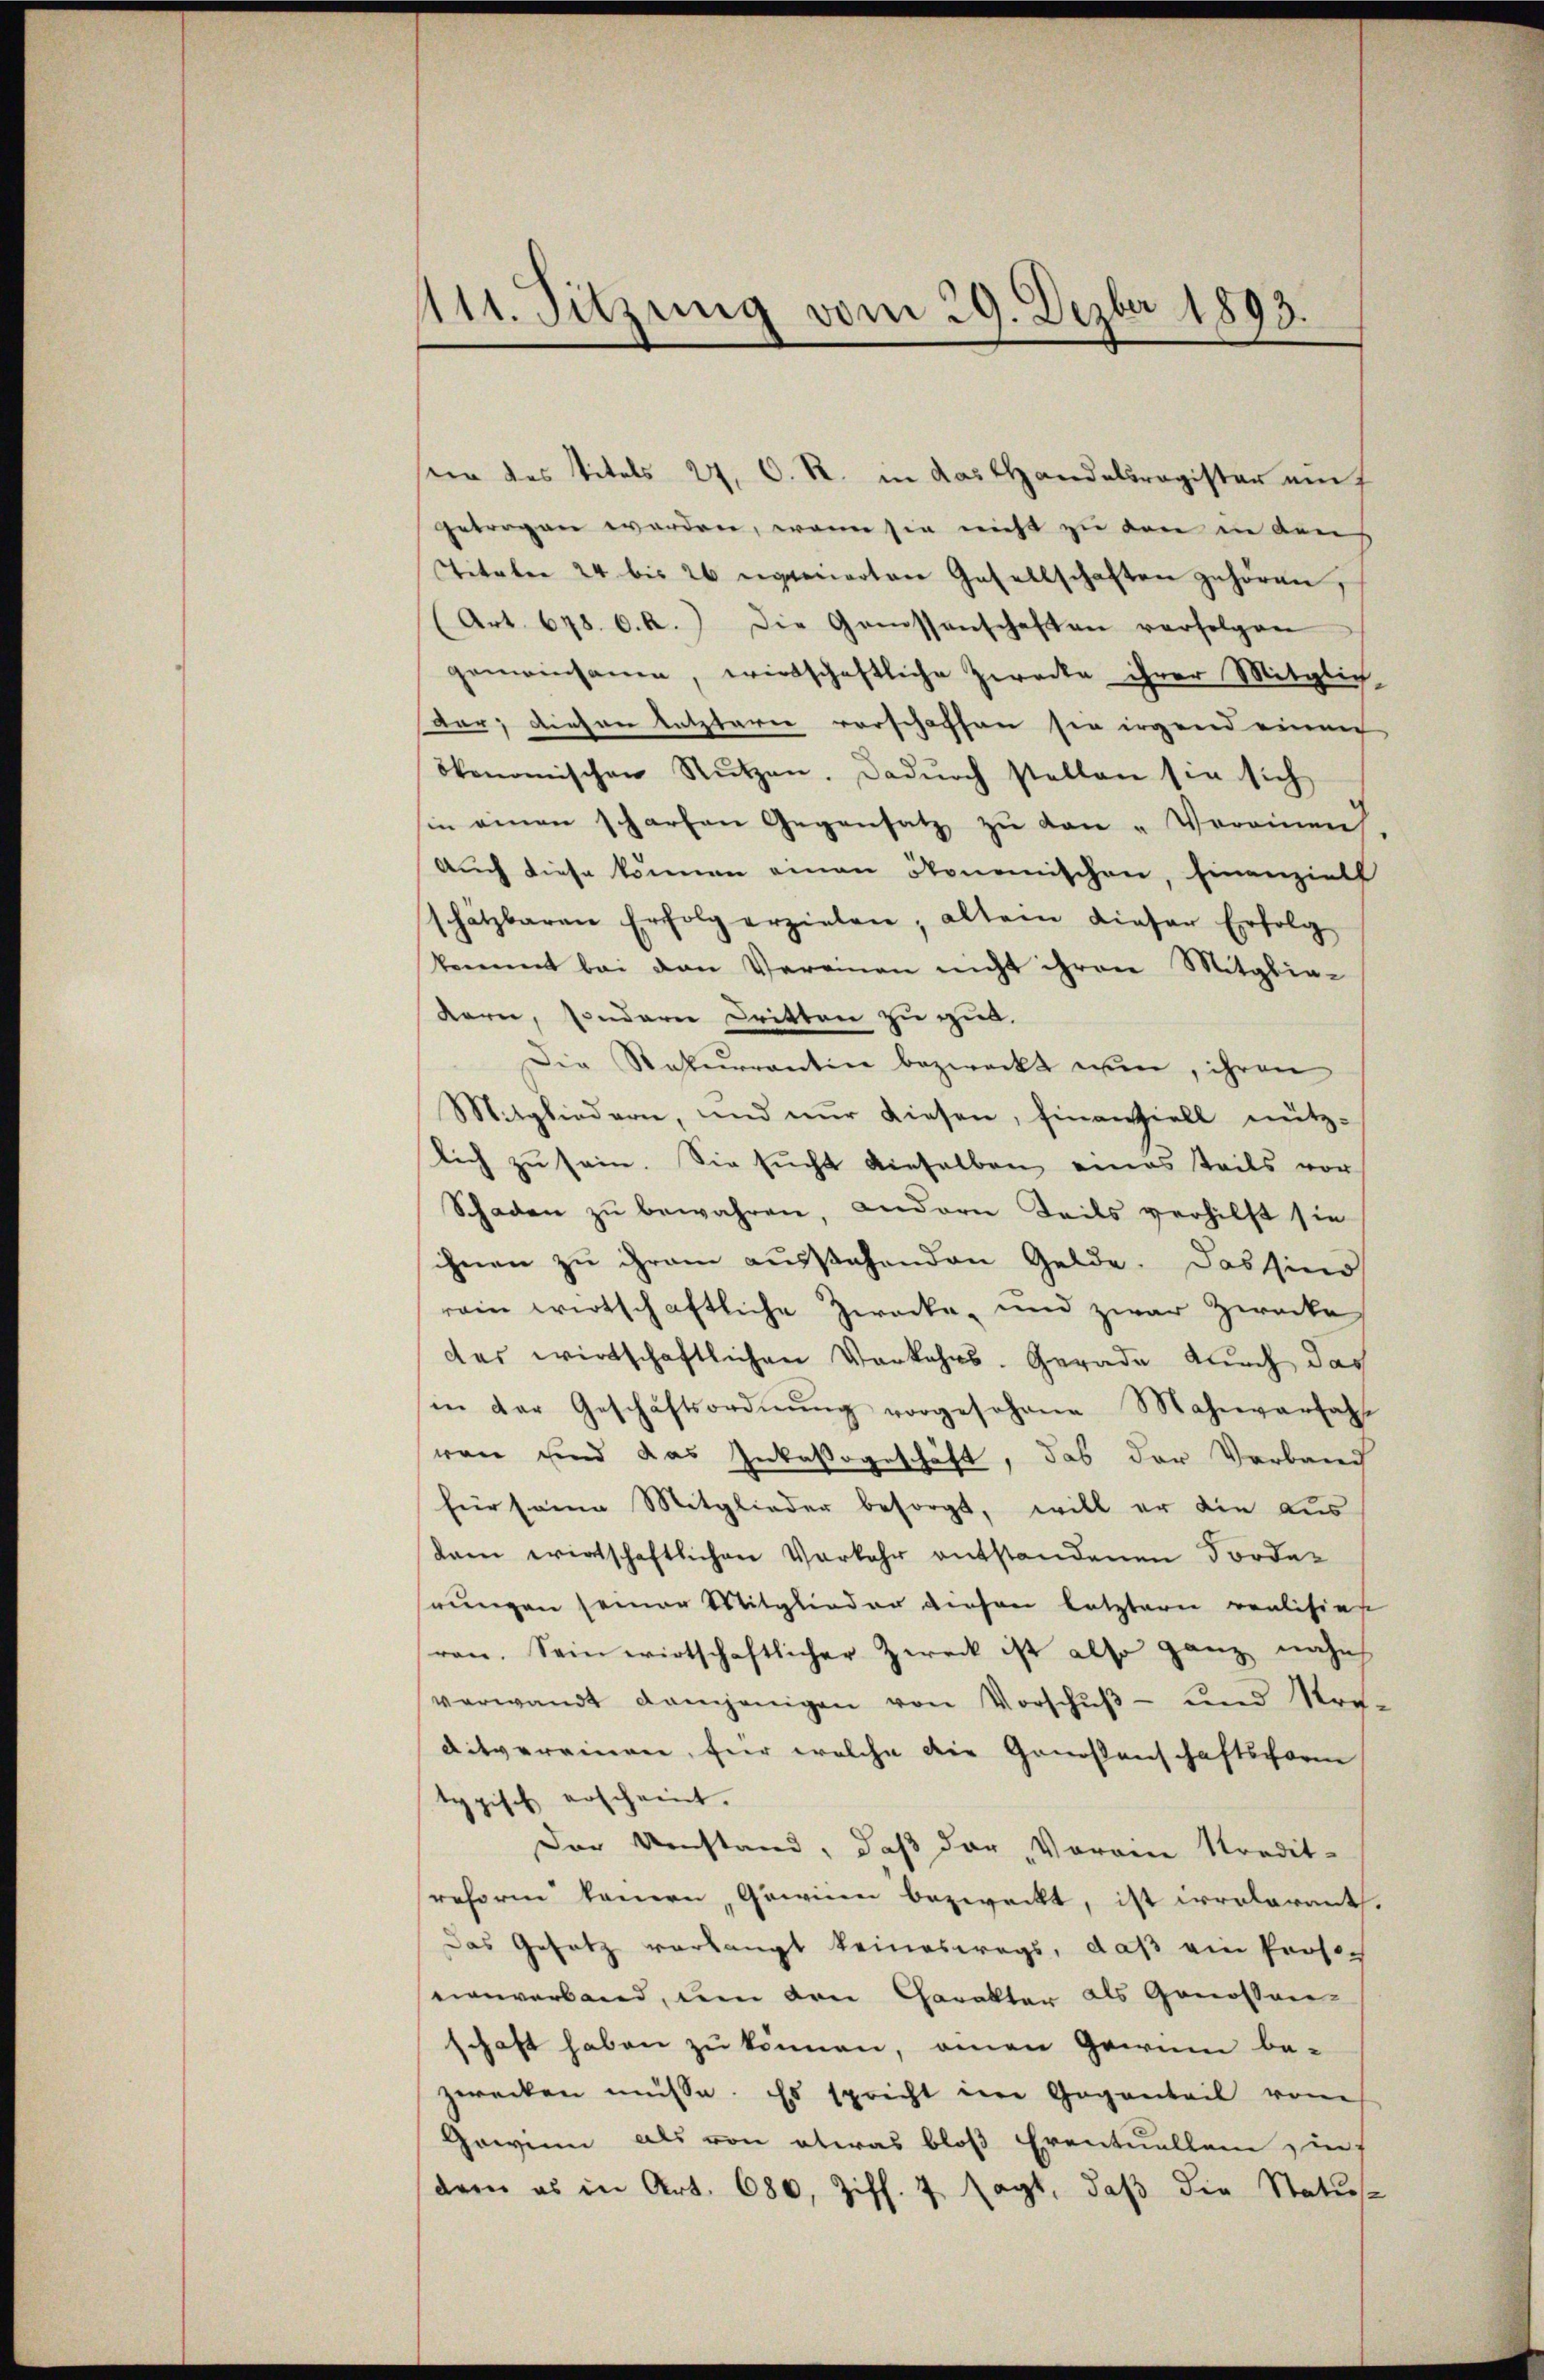
111. Sitzung vom 29. Dezbr 1893.

ster des Titels 27. C. R. in das Handelsregister auf
getragen werden, wenn sie nicht zu den in den
Titaber 24 bis 26 gerierten Gesellschaften zuhören,
Art. 678. v. a.) Die Genossenschaften verfolgen
gemeinsame, wirtschaftliche Zwecke ihrer Mitglich-
Vor; diesen letzterer vorschaffen sie irgend einen
ökonomischen Rŭtzen. Dadŭrch stellen sie sich
sie einen scharfen Gegensatz zu den Vereinen.
Auch diese können einen Ronomischen, Finanzielt
schätzbaren Erfolg erzielen; allein dieser Erfolg
kommt bei den Vereinen nicht ihren Mitglie-
Karne, sondern Dritten zu gut.
Die Rekurrentin bezweckt nun, ihren
Mitgliedern, und nŭr diesen, finanziell nütz-
lich zu sein. Sie sucht dieselben eines teils vor
Schaden zŭ bewahren, andern Teils verhilft sie
sihnen zu ihrem ausstehenden Gelde. Das sind
rein wirtschaftliche Zwecke und zwar Zwecke
das wirtschaftlichen Vorkehrs. Gerade durch das
in der Geschäftsordnŭng vorgesehene Mahnverfah
ren sind das Inkassageschäft, das der Verband
für seine Mitglieder besorgt, will er die aus
kam wirtschaftlichen Vorkehr entstandenen Forderungen seiner Mitglieder diesen letzterer realisiese
ren. Sein wirtschaftlicher Zweck ist also ganz nahe
verwandt demjenigen von Vorschŭβ- und Kre-
ditvereinen, für welche die Genossenschaftsforme
ypisch erscheint.
Der Umstand, daß der „Vorein Kredit-
reform kamen, Gawinen bezweckt, ist irrelarant.
Das Gesetz verlangt keineswegs, daß ein Prose-
einverband, um den Charakter als Genossen-
schaft haben zu können, einen Gewinn be-
zwecken müsse. Es spricht im Gegenteil vom
Gewinn als von etwas bloß Eventuellen zuf
dem es in Art. 6860, Ziff. 7 sagt, daß die Status-